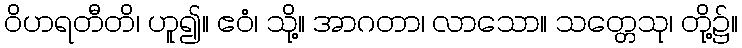
ဝိဟရတီတိ၊ ဟူ၍။ ဧဝံ၊ သို့။ အာဂတာ၊ လာသော။ သတ္တေသု၊ တို့၌။